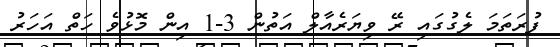
ފުރަތަމަ ލެގުގައި ރޭ ވިޔަރެއާލް އަތުން 3-1 އިން މޮޅުވެ ހަތް އަހަރު